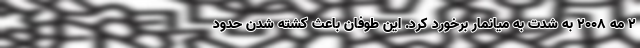
۲ مه ۲۰۰۸ به شدت به میانمار برخورد کرد. این طوفان باعث کشته شدن حدود